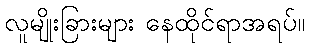
လူမျိုးခြားများ နေထိုင်ရာအရပ်။